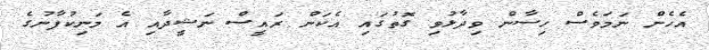
އެހެން ނަމަވެސް ހިސާން ވިދާޅުވި ގޮތުގައި އެކަން ރައީސް ނަޝީދާއި އެ މަނިކުފާނުގެ